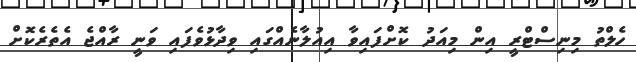
ހެލްތު މިނިސްޓްރީ އިން މިއަދު ކޮށްފައިވާ އިއުލާނެއްގައި ވިދާޅުވެފައި ވަނީ ރާއްޖެ އެތެރެކޮށް